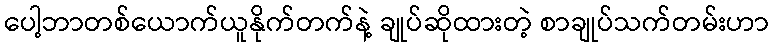
ပေါ့ဘာတစ်ယောက်ယူနိုက်တက်နဲ့ ချုပ်ဆိုထားတဲ့ စာချုပ်သက်တမ်းဟာ